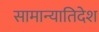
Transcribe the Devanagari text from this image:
सामान्यातिदेश